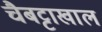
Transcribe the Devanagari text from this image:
चैबट्टाखाल